Indian journal of veterinary science and animal husbandry - Volumes 22-23, 1952-1953
Year: 1952
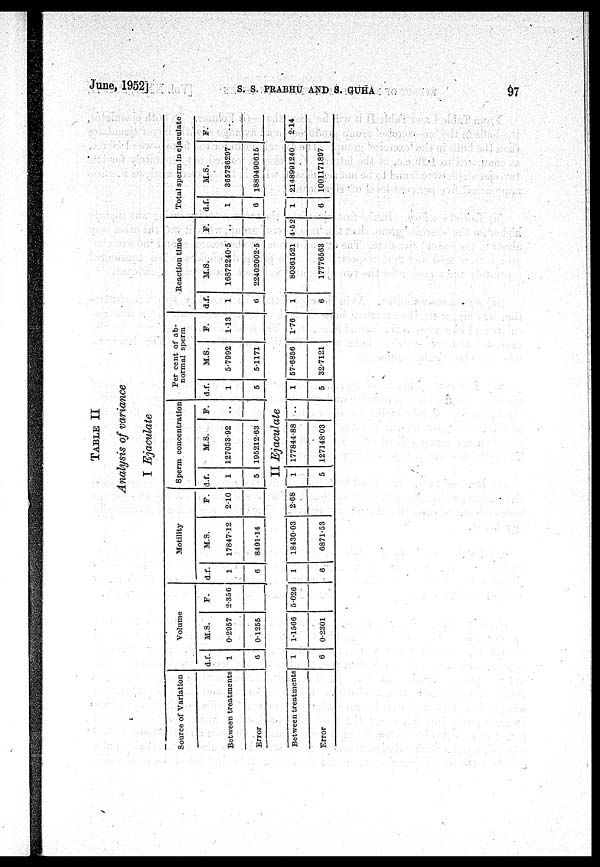
June, 1952j
S.
S.
PRABHU
AND
S.
GUHA
97
TABLE II
Analysis of variance
I Ejaculate
Source of Variation
Between treatments
Error
Volume
d.f.
1
6
M.S.
0.2957
0.1255
E.
2.356
Motility
d.f.
1
6
M.S.
17847.12
8491.14
E.
2.10
Sperm concentration
d.f.
1
5
M.S.
127033.92
195212.63
E.
..
Per cent of ab-
normal sperm
d.f.
1
5
M.S.
5.7992
5.1171
E.
1.13
Reaction time
d.f.
1
6
M.S.
16872240.5
22402002.5
E.
..
Total sperm in ejaculate
d.f.
1
6
M.S.
365736297
1889490615
E.
..
II Ejaculate
Between treatments
Error
1
6
1.1566
0.2301
5.026
1
6
18430.03
6871.53
2.68
1
5
177844.88
127148.03
..
1
5
57.6856
32.7121
1.76
1
6
80361521
17776563
4.52
1
6
2148991240
1001171897
2.14